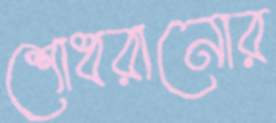
শোধরানোর